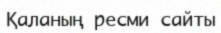
Қаланың ресми сайты